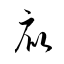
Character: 庇